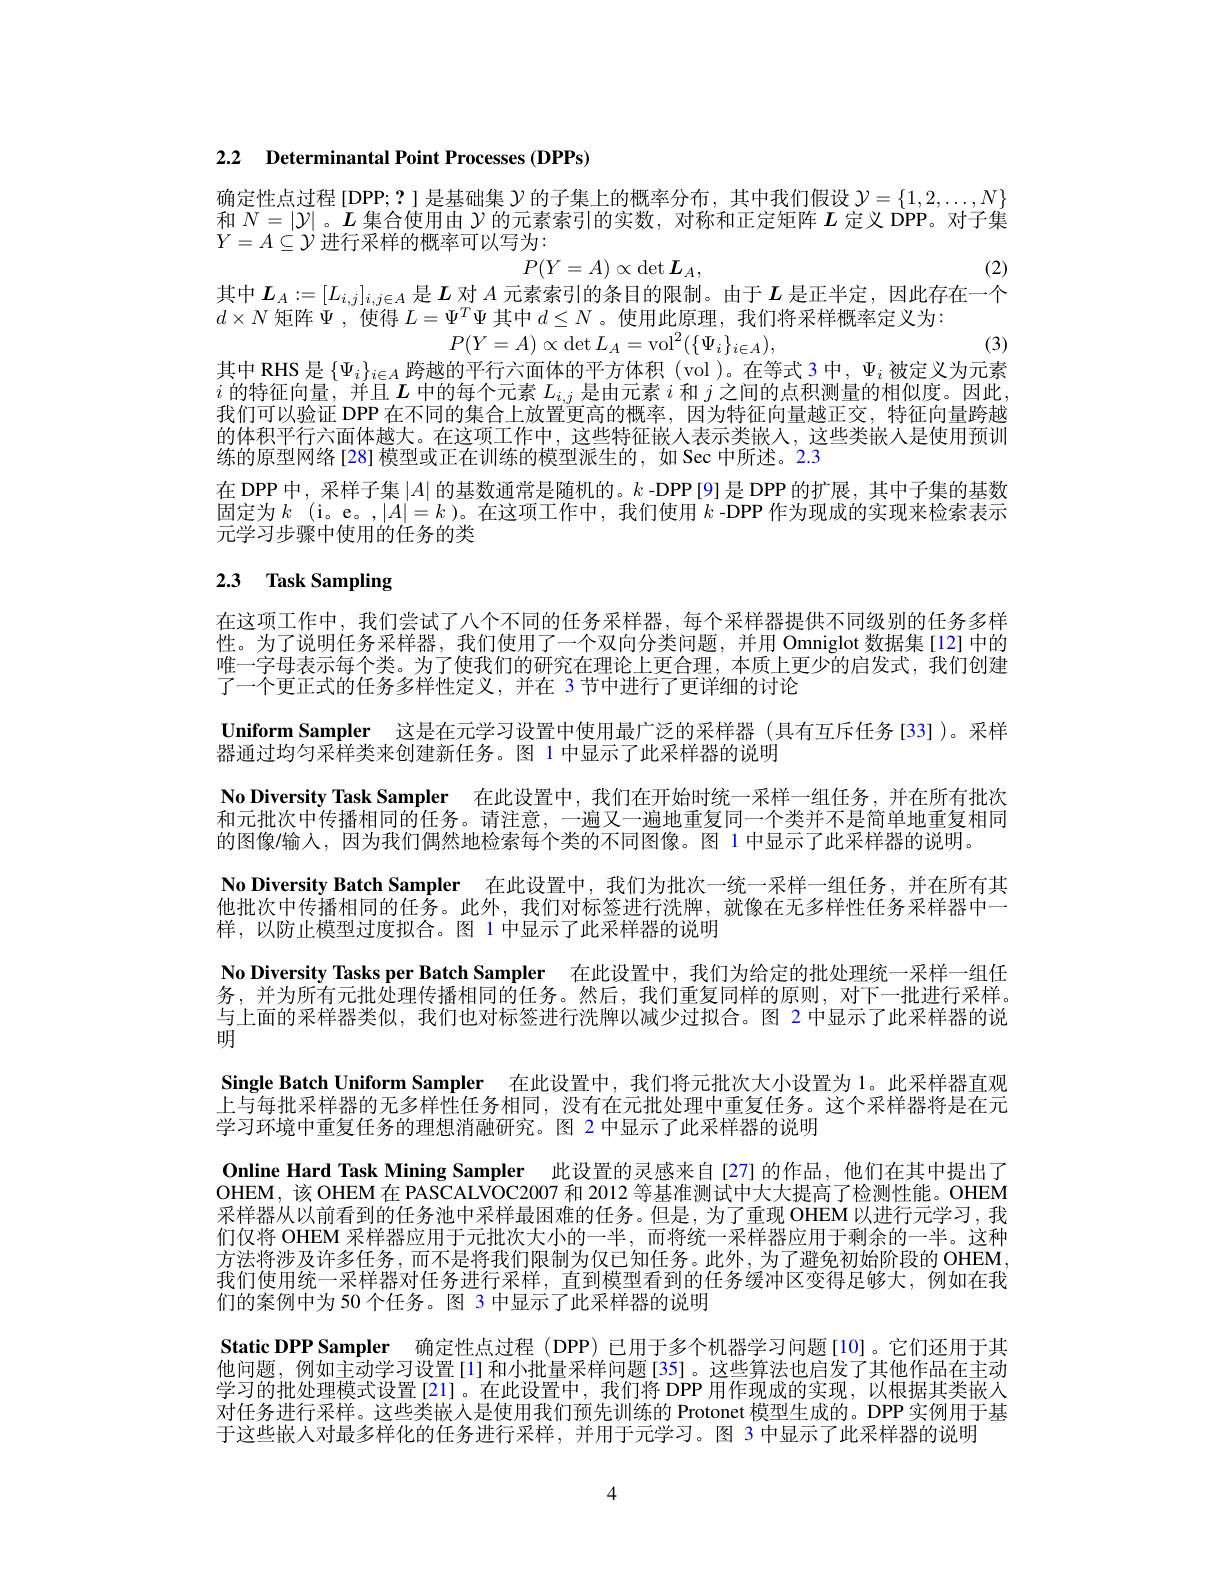
2.2 Determinantal Point Processes (DPPs)

确定性点过程[DPP;?]是基础集$\mathcal{Y}$的子集上的概率分布，其中我们假设 $\mathcal{Y}=\{1,2,\ldots,N\}$ 和$N=|\mathcal{Y}|$ 。$L$集合使用由$\mathcal{Y}$的元素索引的实数，对称和正定矩阵$L$定义 DPP。对子集$Y=A\subseteq\dot{\mathcal{Y}}$进行采样的概率可以写为：
$$P(Y=A)\propto\det L_A,$$
(2)

其中$L_A:=[L_{i,j}]_{i,j\in A}$是$L$对$A$元素索引的条目的限制。由于$L$是正半定，因此存在一个

(3)

$d\times N$矩阵$\Psi$,使得$L=\Psi^T\Psi$其中$d\leq N$。使用此原理，我们将采样概率定义为：
$$P(Y=A)\propto\det L_{A}=\mathrm{vol}^{2}(\{\Psi_{i}\}_{i\in A}),$$
其中RHS 是$\{\Psi_i\}_{i\in A}$跨越的平行六面体的平方体积 (vol)。在等式 3 中，$\Psi_i$被定义为元素$i$的特征向量，并且$L$中的每个元素$L_i,j$是由元素$i$和$j$之间的点积测量的相似度。因此我们可以验证 DPP 在不同的集合上放置更高的概率，因为特征向量越正交，特征向量跨越的体积平行六面体越大。在这项工作中，这些特征嵌人表示类嵌人，这些类嵌入是使用预训练的原型网络 [28] 模型或正在训练的模型派生的，如 Sec 中所述。2.3
在 DPP 中，采样子集$|A|$的基数通常是随机的。$k$ -DPP[9]是 DPP 的扩展，其中子集的基数固定为$k$ (i。e。,$|A|=k$ )。在这项工作中，我们使用 $k$ -DPP 作为现成的实现来检索表示元学习步骤中使用的任务的类

# 2.3 Task Sampling

在这项工作中，我们尝试了八个不同的任务采样器，每个采样器提供不同级别的任务多样性。为了说明任务采样器，我们使用了一个双向分类问题，并用 Omniglot 数据集[12]中的唯一字母表示每个类。为了使我们的研究在理论上更合理，本质上更少的启发式，我们创建了一个更正式的任务多样性定义，并在 3节中进行了更详细的讨论
Uniform Sampler 这是在元学习设置中使用最广泛的采样器 (具有互斥任务[33])。采样
器通过均匀采样类来创建新任务。图 1 中显示了此采样器的说明
No Diversity Task Sampler 在此设置中，我们在开始时统一采样一组任务，并在所有批次和元批次中传播相同的任务。请注意，一遍又一遍地重复同一个类并不是简单地重复相同的图像/输入，因为我们偶然地检索每个类的不同图像。图 1 中显示了此采样器的说明。
No Diversity Batch Sampler 在此设置中，我们为批次一统一采样一组任务，并在所有其他批次中传播相同的任务。此外，我们对标签进行洗牌，就像在无多样性任务采样器中一样，以防止模型过度拟合。图 1 中显示了此采样器的说明
No Diversity Tasks per Batch Sampler 在此设置中，我们为给定的批处理统一采样一组任务，并为所有元批处理传播相同的任务。然后，我们重复同样的原则，对下一批进行采样。与上面的采样器类似，我们也对标签进行洗牌以减少过拟合。图 2 中显示了此采样器的说明
Single Batch Uniform Sampler 在此设置中，我们将元批次大小设置为 1。此采样器直观上与每批采样器的无多样性任务相同，没有在元批处理中重复任务。这个采样器将是在元学习环境中重复任务的理想消融研究。图 2 中显示了此采样器的说明
Online Hard Task Mining Sampler 此设置的灵感来自[27]的作品，他们在其中提出了OHEM,该 OHEM 在 PASCALVOC2007 和 2012 等基准测试中大大提高了检测性能。OHEM 采样器从以前看到的任务池中采样最困难的任务。但是，为了重现 OHEM 以进行元学习，我们仅将 OHEM 采样器应用于元批次大小的一半，而将统一采样器应用于剩余的一半。这种方法将涉及许多任务，而不是将我们限制为仅已知任务。此外 ,为了避免初始阶段的 OHEM, 我们使用统一采样器对任务进行采样，直到模型看到的任务缓冲区变得足够大，例如在我们的案例中为 50 个任务。图 3 中显示了此采样器的说明
Static DPP Sampler 确定性点过程 (DPP)已用于多个机器学习问题[10]。它们还用于其他问题，例如主动学习设置[1]和小批量采样问题[35]。这些算法也启发了其他作品在主动学习的批处理模式设置[21]。在此设置中，我们将 DPP 用作现成的实现，以根据其类嵌人对任务进行采样。这些类嵌入是使用我们预先训练的 Protonet 模型生成的。DPP 实例用于基于这些嵌入对最多样化的任务进行采样，并用于元学习。图 3 中显示了此采样器的说明

4